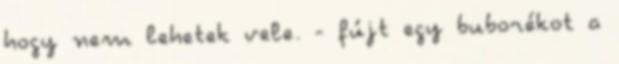
hogy nem lehetek vele. - fújt egy buborékot a